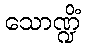
သောဏ္ဍိံ